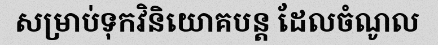
សម្រាប់ទុកវិនិយោគបន្ត ដែលចំណូល